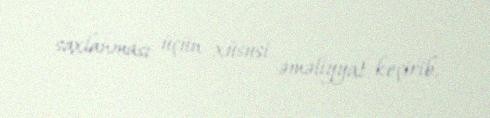
saxlanması üçün xüsusi əməliyyat keçirib.